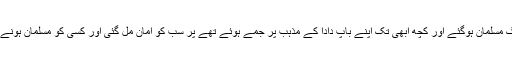
مکہ والوں میں کچھ لوگ مسلمان ہوگئے اور کچھ ابھی تک اپنے باپ دادا کے مذہب پر جمے ہوئے تھے پر سب کو امان مل گئی اور کسی کو مسلمان ہونے پر مجبور نہیں کیا گیا۔